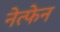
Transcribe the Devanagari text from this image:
नेत्फेन